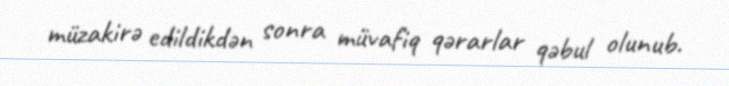
müzakirə edildikdən sonra müvafiq qərarlar qəbul olunub.